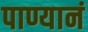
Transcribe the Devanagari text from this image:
पाण्यानं